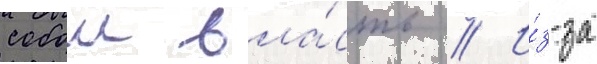
собои вла́сть // И́з-за